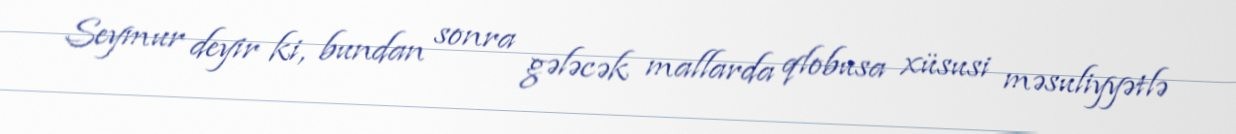
Seymur deyir ki, bundan sonra gələcək mallarda qlobusa xüsusi məsuliyyətlə